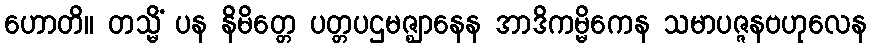
ဟောတိ။ တသ္မိံ ပန နိမိတ္တေ ပတ္တပဌမဇ္ဈာနေန အာဒိကမ္မိကေန သမာပဇ္ဇနဗဟုလေန